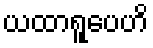
ယထာရူပေဟိ